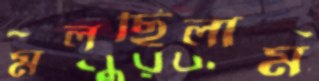
মলছিলাম